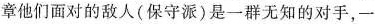
章他们面对的敌人(保守派)是一群无知的对手，一